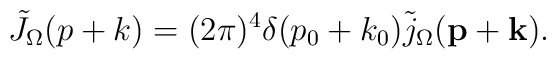
\tilde{J}_\Omega(p+k)=(2\pi)^4\delta(p_0+k_0) \tilde{j}_\Omega({\bf p}+{\bf k}).